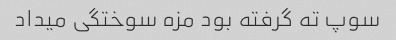
سوپ ته گرفته بود مزه سوختگی میداد